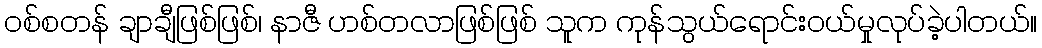
ဝစ်စတန် ချာချီဖြစ်ဖြစ်၊ နာဇီ ဟစ်တလာဖြစ်ဖြစ် သူက ကုန်သွယ်ရောင်းဝယ်မှုလုပ်ခဲ့ပါတယ်။